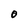
Character: O